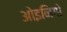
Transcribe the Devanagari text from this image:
ओइनिगो